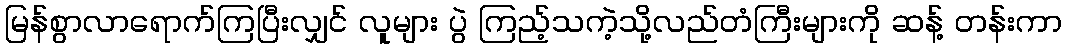
မြန်စွာလာရောက်ကြပြီးလျှင် လူများ ပွဲ ကြည့်သကဲ့သို့လည်တံကြီးများကို ဆန့် တန်းကာ